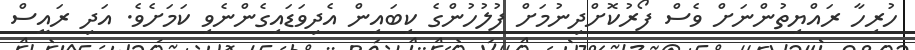
ހުރިހާ ރައްޔިތުންނަށް ވެސް ފޯރުކޮށްދިނުމަށް ފުލުހުންގެ ކިބައިން އެދިވަޑައިގެންނެވި ކަމަށެވެ. އަދި ރައީސް